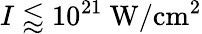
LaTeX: I\lessapprox 10^{21}\ \mathrm{W/cm^{2}}